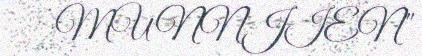
MUNNJIEN"